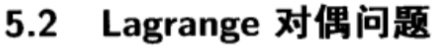
5.2 Lagrange 对偶问题